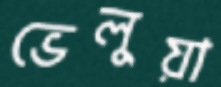
ভেলুয়া